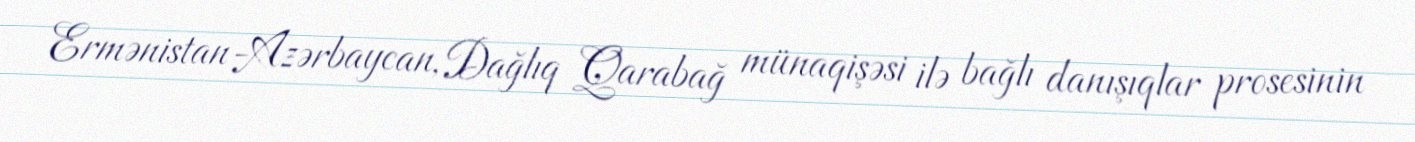
Ermənistan-Azərbaycan, Dağlıq Qarabağ münaqişəsi ilə bağlı danışıqlar prosesinin